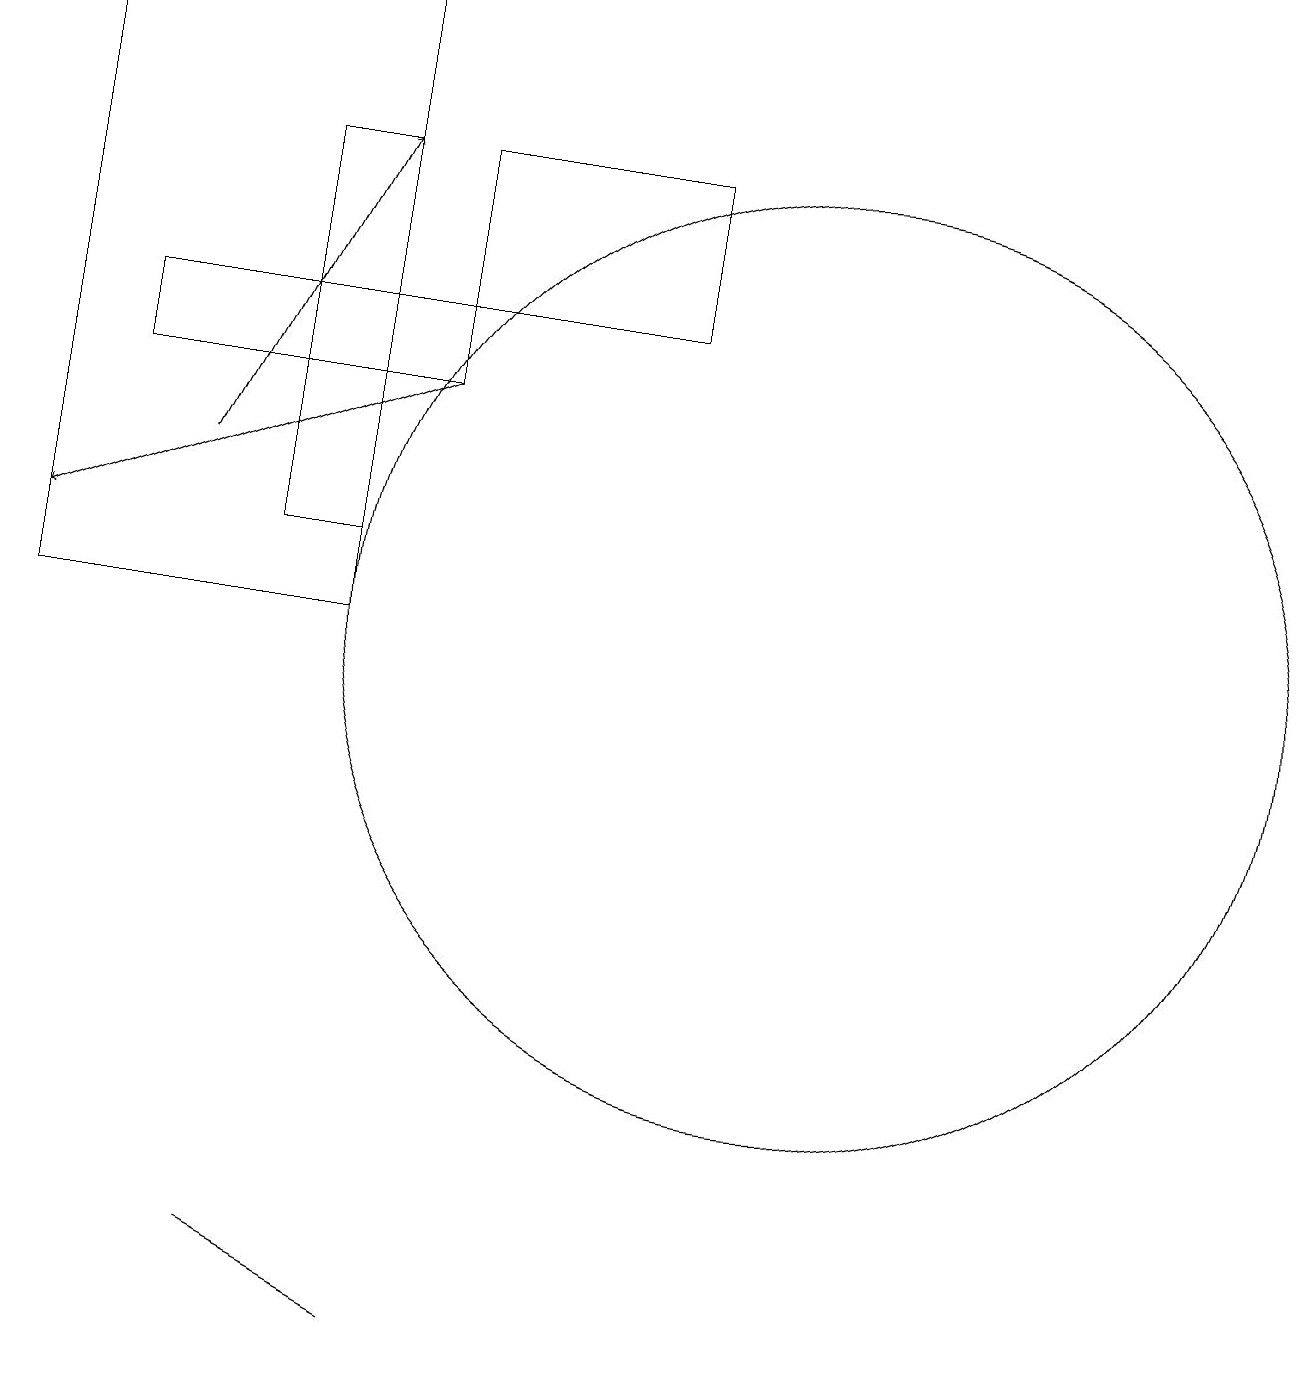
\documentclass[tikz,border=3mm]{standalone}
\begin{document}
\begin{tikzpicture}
\draw (10,10) circle (6);
\draw[->] (5,13) -- (0,11);
\draw (3,2) -- (5,1) -- (3,2) -- cycle;
\draw (4,11) rectangle (3,16);
\draw (8,14) rectangle (5,16);
\draw (0,10) rectangle (4,18);
\draw (5,13) rectangle (1,14);
\draw[->] (2,12) -- (4,16);
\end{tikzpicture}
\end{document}